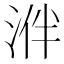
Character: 𣵲